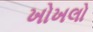
ખોખલો